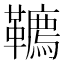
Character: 韀